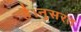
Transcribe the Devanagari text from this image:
है।नुसरत